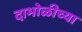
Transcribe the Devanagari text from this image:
दाभोळीच्या